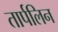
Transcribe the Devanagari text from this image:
तार्पलिन